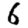
Digit: 6